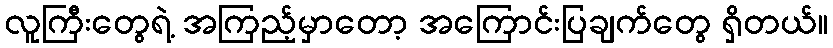
လူကြီးတွေရဲ့ အကြည့်မှာတော့ အကြောင်းပြချက်တွေ ရှိတယ်။